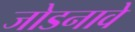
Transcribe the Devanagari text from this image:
जोडनावे